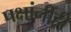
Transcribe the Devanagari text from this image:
पक्षांनीही